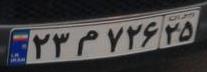
۲۳م۷۲۶۲۵